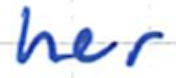
Text: her
Cross-out: clean
Writing tool: ballpoint